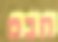
חבט